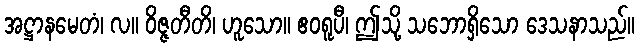
အဋ္ဌာနမေတံ၊ လ။ ဝိဇ္ဇတီတိ၊ ဟူသော။ ဧဝရူပီ၊ ဤသို့ သဘောရှိသော ဒေသနာသည်။